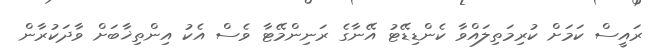
ރައީސް ކަމަށް ކުރިމަތިލައްވާ ކެންޑިޑޭޓު އޭނާގެ ރަނިންމޭޓާ ވެސް އެކު އިންތިޚާބަށް ވާދަކުރާން